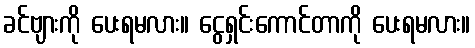
ခင်ဗျားကို ပေးရမလား။ ငွေရှင်းကောင်တာကို ပေးရမလား။